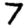
Digit: 7